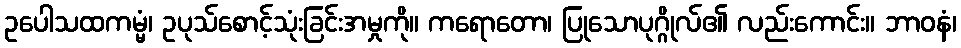
ဥပေါသထကမ္မံ၊ ဥပုသ်စောင့်သုံးခြင်းအမှုကို။ ကရောတော၊ ပြုသောပုဂ္ဂိုလ်၏ လည်းကောင်း။ ဘာဝနံ၊